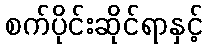
စက်ပိုင်းဆိုင်ရာနှင့်